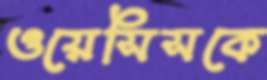
ওয়েসিসকে